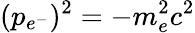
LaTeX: (p_{e^{-}})^{2}=-m_{e}^{2}c^{2}